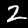
Label: 2